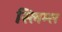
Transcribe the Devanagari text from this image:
स्लिम्स